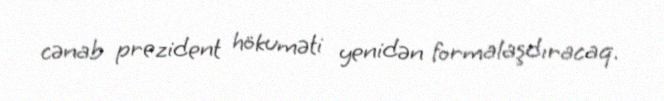
cənab prezident hökuməti yenidən formalaşdıracaq.